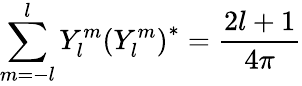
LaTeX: \sum_{m=-l}^{l}Y_{l}^{m}\left(Y_{l}^{m}\right)^{*}=\frac{2l+1}{4\pi}